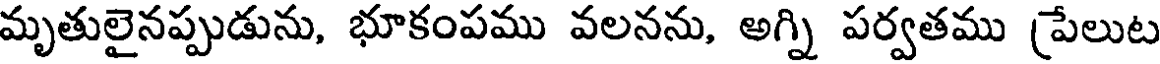
మృతులైనప్పుడును, భూకంపము వలనను, అగ్ని పర్వతము (పేలుట